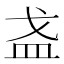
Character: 𪭌